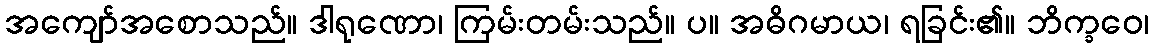
အကျော်အစောသည်။ ဒါရုဏော၊ ကြမ်းတမ်းသည်။ ပ။ အဓိဂမာယ၊ ရခြင်း၏။ ဘိက္ခဝေ၊